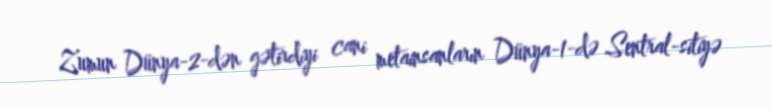
Zumun Dünya-2-dən gətirdiyi cani metainsanların Dünya-1-də Sentral-sitiyə